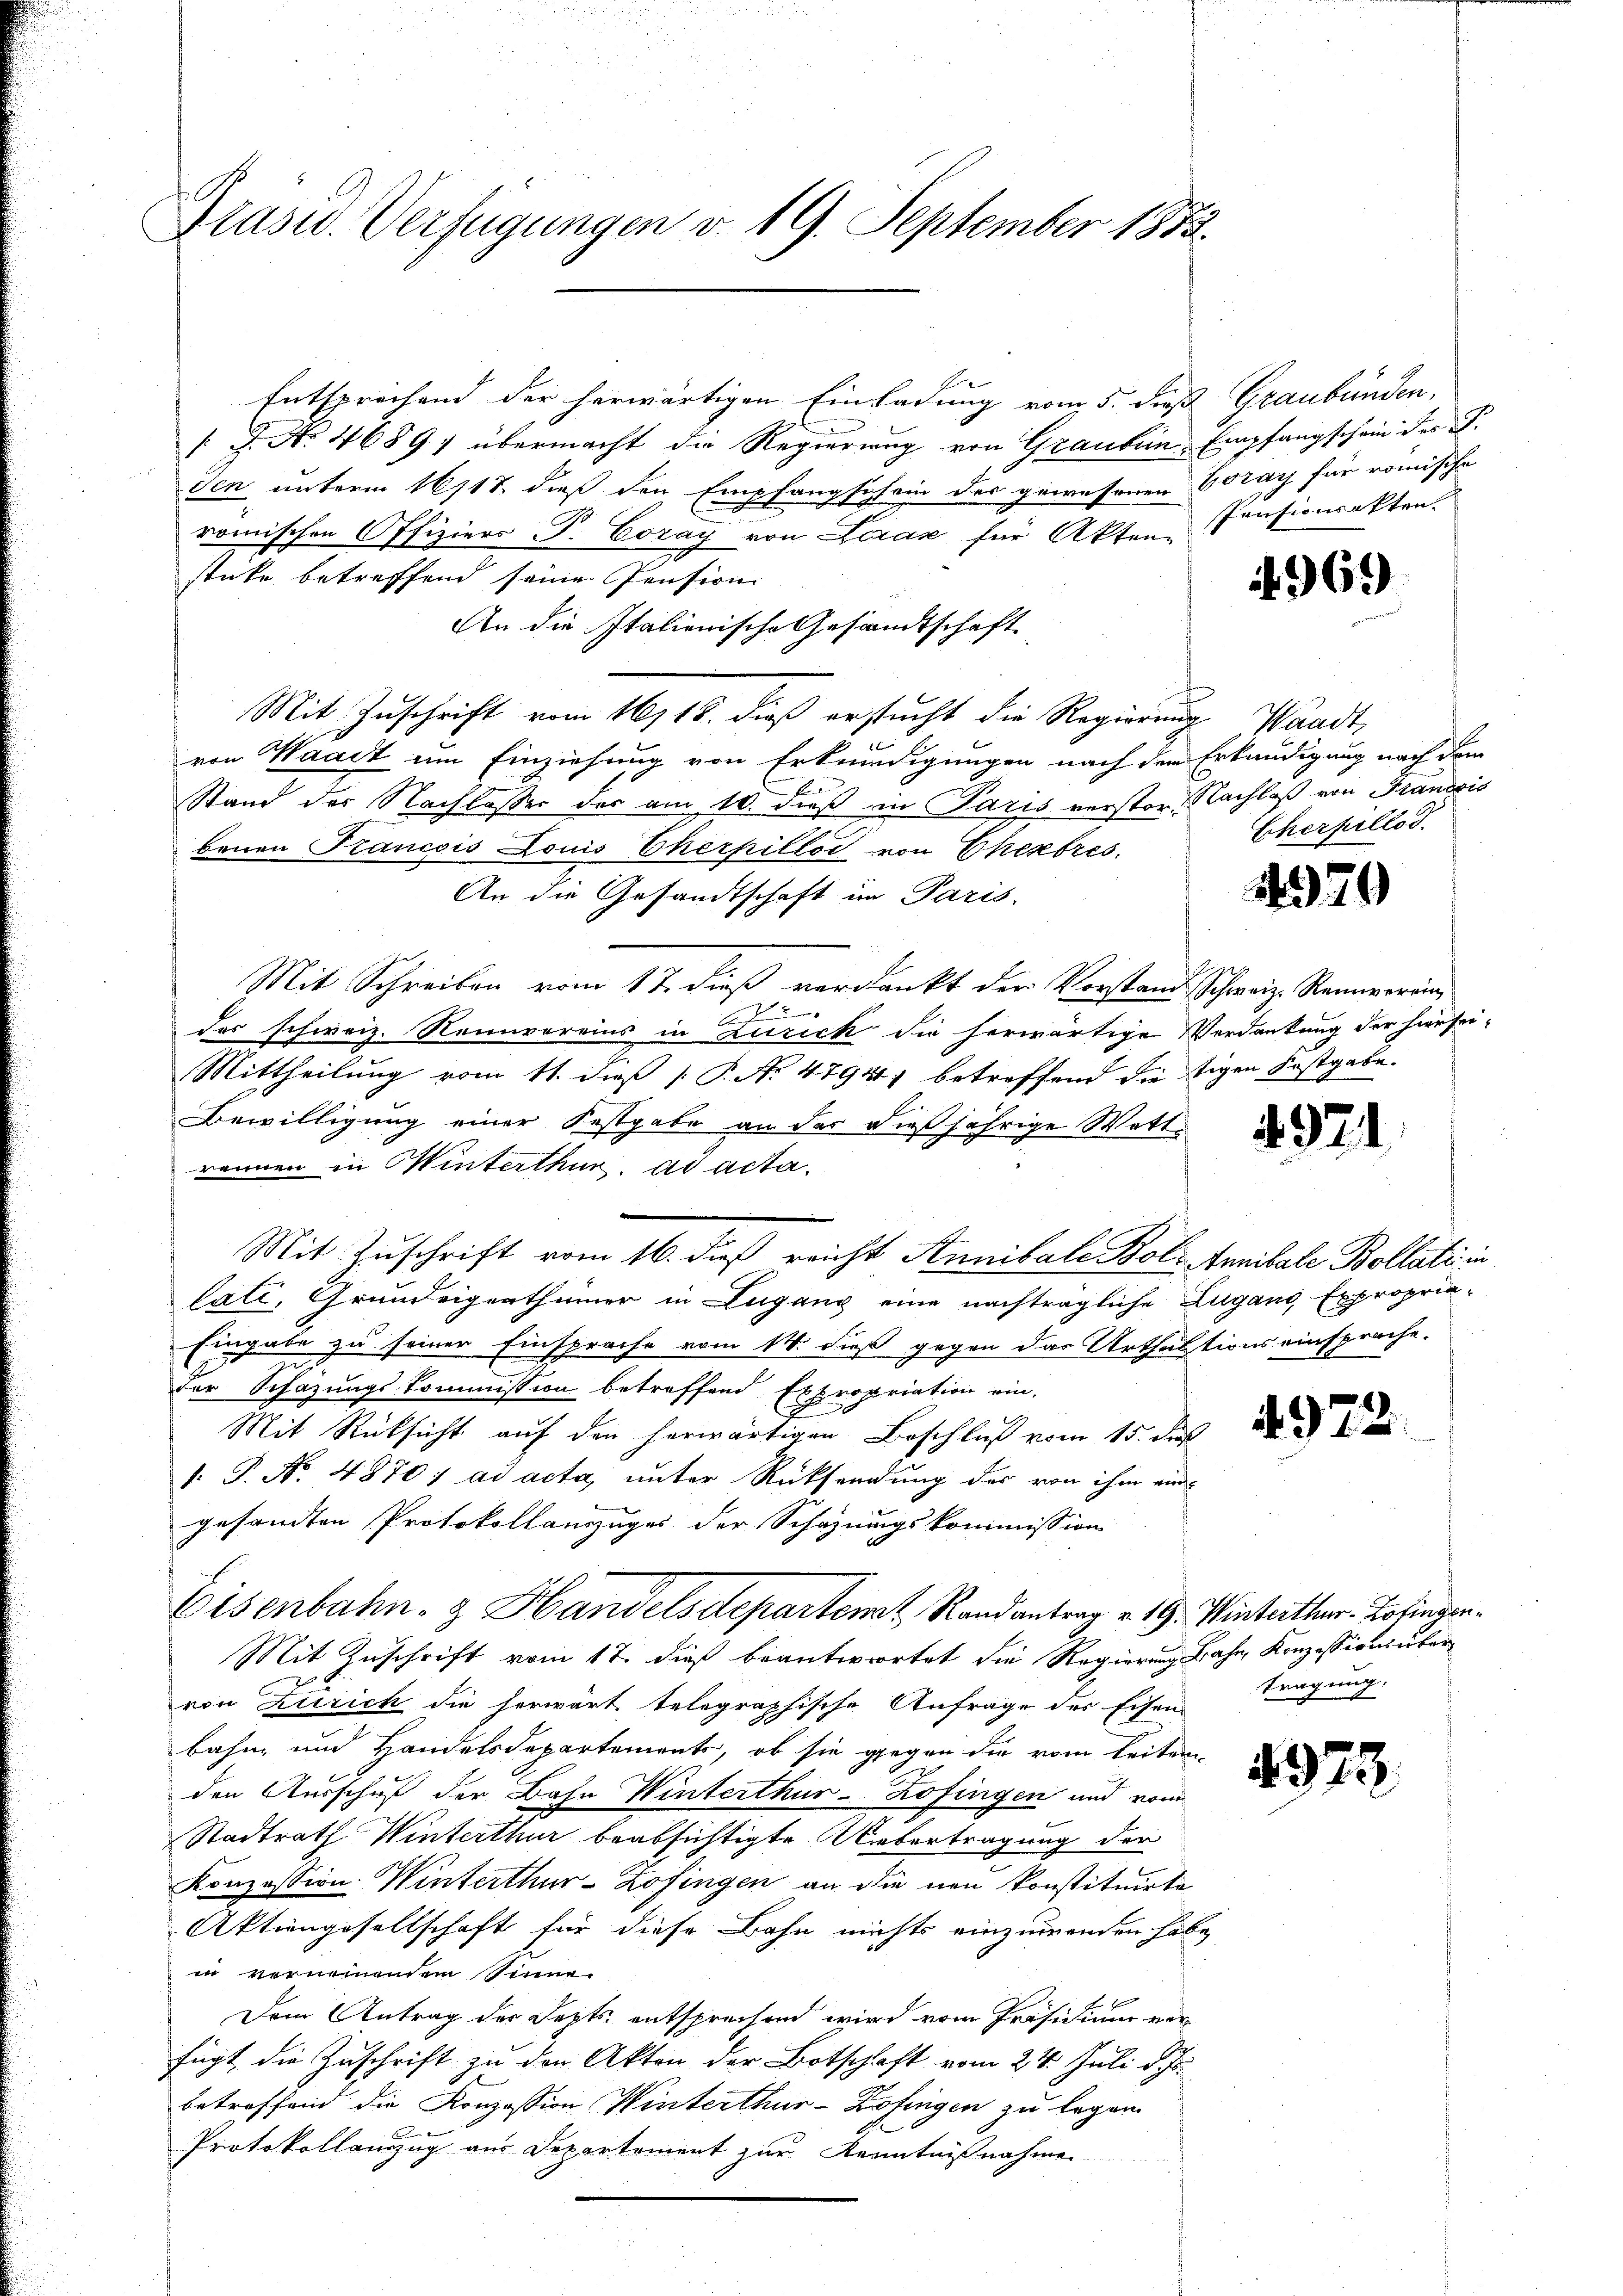
Präsid. Verfügungen v. 19. September 1873.

Entsprechend der herwärtigen Einladung vom 5. dieß
[J. N. 46897 übermacht die Regierung von Grauben Empfangschein des J.
den unterm 16/18. dieß den Empfangschein des gewesenen Vorar für römische
römischen Offiziers P. Coray von Lerax für Akten-
stücke betreffend seine Pension
An die Italienische Gesandtschaft
Mit Zuschrift vom 16/18. dieß ersucht die Regierung Waadt,
von Waadt um Einziehung von Erkundigungen nach dem Erkundigung nach dem
2
Stand der Nachlasser der am 10. dieß in Paris verstor. Nachlaß von Francois
benen Francois Louis Cherpillos von Ehebres
An die Gesandtschaft im Paris.
Mit Schreiben vom 17. dieß verdankt der Vorstand Schweiz. Rennerung

des schweiz. Neinvereins in Zurick die herwärtige Verdankung der hiersei-
Mittheilŭng vom 11. dieβ (: P. No 4794) betreffend die tigen Festgabe.
Bewilligung einer Festgabe an der dießjährige Wettrennen in Winterthur ad acta.
Mit Zuschrift vom 16. dieß reicht Annibale Bols Annibale Bollati in
lati, Grundeigenthümer in Lugang eine nachträgliche Lugand Expropria¬
Eingabe zu seiner Einsprache vom 14. dieß gegen das Urthentions einsprache.
der Schazungskommission betreffend Expropriation ein-
Mit Rücksicht auf den herwärtigen Beschluß vom 15. daß
1. P. No. 4870) ad acta, unter Rücksendung des von ihm ein-
gesandten Protokollanzuges der Schazungskommission
Eisenbahn- & Handelsdepartent Randantrag v. 19. Winterthur-Lotinven¬
Mit Zuschrift vom 17. dieß beantwortet die Regierung Bahn Konzessions über
von Zürich die herwart telegraphische Anfrage des Eisen-
bahn und Handelsdepartements, ob sie gegen die vom leiten-
den Ausschuß der Bahn Winterthur-Kofingen und vom
Stadtrath Winterthur beabsichtigte Uebertragung der
Konzession. Winterthur-Zofingen an die neu konstituirte
Aktiengesellschaft für diese Bahn nichts einzuwenden habe,
in vernennendem Sinne
Dem Antrag der Septs entsprechend wird vom Präsidium vor
fügt, die Zuschrift zu den Akten der Botschaft vom 24. Juli d. Js.
betreffend die Konzession Winterthur - Zofingen zu legen
Protokollauszug aus Departement zur Kenntnißnahmen

Graubünden,
Pensionsakten

4969

Scherpellod

4979

4921

497

tragung:

492

2